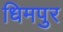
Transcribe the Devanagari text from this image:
धिमपुर